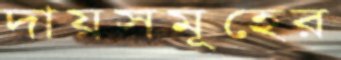
দায়সমূহের